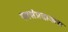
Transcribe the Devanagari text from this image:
स्वसंप्रदायास